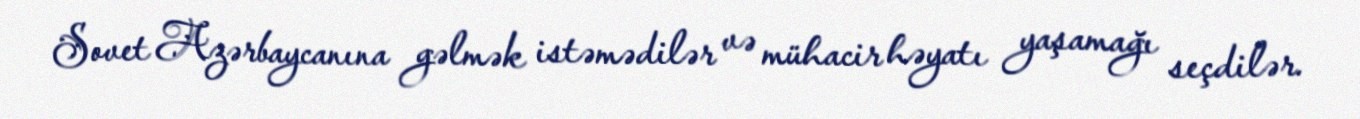
Sovet Azərbaycanına gəlmək istəmədilər və mühacir həyatı yaşamağı seçdilər.